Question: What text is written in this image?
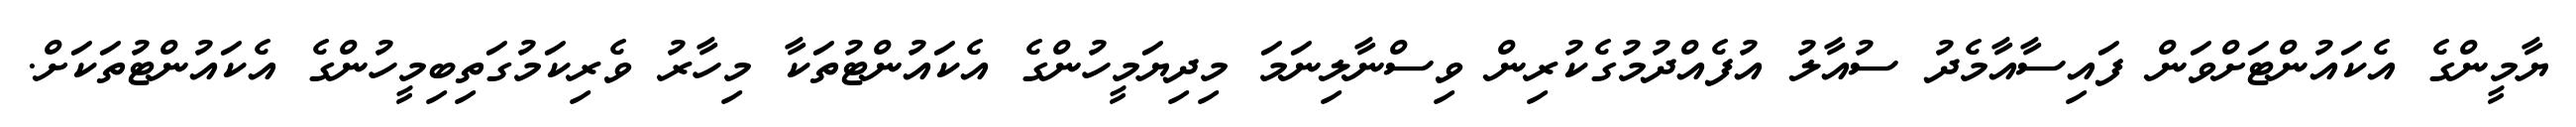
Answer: ޔާމީންގެ އެކައުންޓަށްވަން ފައިސާއާމެދު ސުއާލު އުފެއްދުމުގެކުރިން ވިސްނާލިނަމަ މިދިޔަމީހުންގެ އެކައުންޓުތަކާ މިހާރު ވެރިކަމުގަތިބިމީހުންގެ އެކައުންޓުތަކަށް.